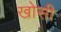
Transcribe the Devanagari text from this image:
खोसी